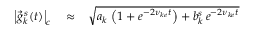
\begin{array} { r l r } { \left| \vec { g } _ { k } ^ { \, s } ( t ) \right| _ { c } } & { { } \approx } & { \sqrt { a _ { k } \, \left( 1 + e ^ { - 2 \nu _ { k e } t } \right) + b _ { k } ^ { s } \, e ^ { - 2 \nu _ { k e } t } } } \end{array}